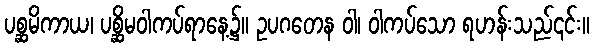
ပစ္ဆမိကာယ၊ ပစ္ဆိမဝါကပ်ရာနေ့၌။ ဥပဂတေန ဝါ၊ ဝါကပ်သော ရဟန်းသည်၎င်း။